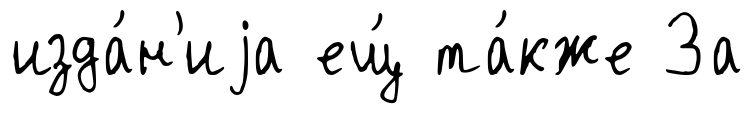
изда́н'иjа ещ́ та́кже За